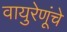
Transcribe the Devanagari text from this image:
वायुरेणूंचे